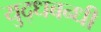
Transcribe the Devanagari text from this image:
युद्धबन्धी